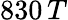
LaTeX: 830\, T